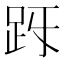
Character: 𧿓